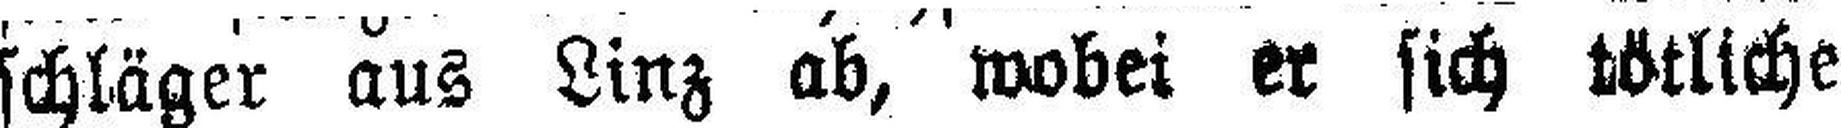
schläger aus Linz ab, wobei er sich tötliche